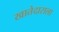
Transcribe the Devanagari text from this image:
खातेदाराला